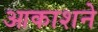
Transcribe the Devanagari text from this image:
आकाशने